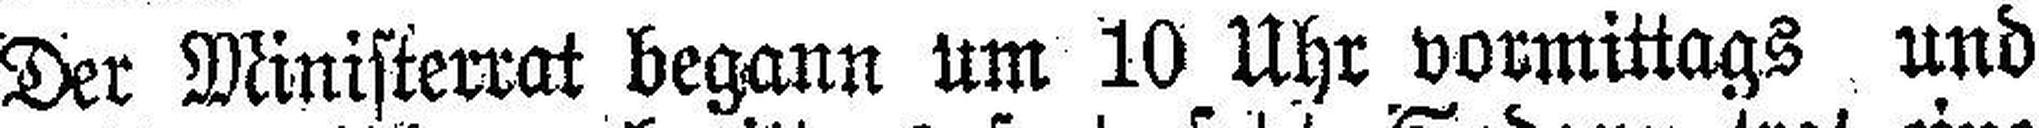
Der Ministerrat begann um 10 Uhr vormittags und